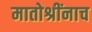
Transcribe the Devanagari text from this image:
मातोश्रींनाच